Annual report on the mental hospital in the Central Provinces and Berar (Nagpur) - 1927-1951
Year: 1927
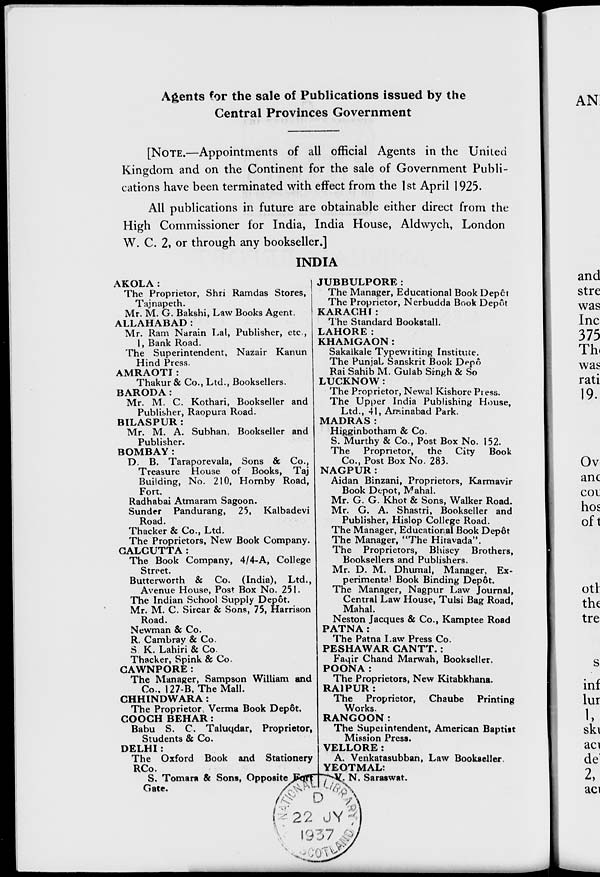
Agents for the sale of Publications issued by the
Central Provinces Government
[NOTE.—Appointments of all official Agents in the United
Kingdom and on the Continent for the sale of Government Publi-
cations have been terminated with effect from the 1st April 1925.
All publications in future are obtainable either direct from the
High Commissioner for India, India House, Aldwych, London
W. C. 2, or through any bookseller.]
INDIA
AKOLA :
The Proprietor, Shri Ramdas Stores,
Tajnapeth.
Mr. M. G. Bakshi, Law Books Agent.
ALLAHABAD:
Mr. Ram Narain Lal, Publisher, etc ,
I, Bank Road.
The Superintendent, Nazair Kanun
Hind Press.
AMRAOTI :
Thakur& Co., Ltd., Booksellers.
BARODA:
Mr. M. C. Kothari, Bookseller and
Publisher, Raopura Road.
BILASPUR :
Mr. M. A. Subhan, Bookseller and
Publisher.
BOMBAY :
D. B. Taraporevala, Sons & Co.,
Treasure House of Books, Taj
Building, No. 210, Hornby Road,
Fort.
Radhabai Atmaram Sagoon.
Sunder Pandurang, 25, Kalbadevi
Road.
Thacker & Co., Ltd.
The Proprietors, New Book Company.
CALCUTTA:
The Book Company, 4/4-A, College
Street.
Butterworth & Co. (India), Ltd.,
Avenue House, Post Box No. 251.
The Indian School Supply Depôt.
Mr. M. C. Sircar & Sons, 75, Harrison
Road.
Newman & Co.
R. Cambray & Co.
S. K. Lahiri & Co.
Thacker, Spink & Co.
CAWNPORE:
The Manager, Sampson William and
Co., 127-B, The Mall.
CHHINDWARA:
The Proprietor, Verma Book Depôt.
COOCH BEHAR:
Babu S. C. Taluqdar, Proprietor,
Students & Co.
DELHI :
The Oxford Book and Stationery
RCo.
S. Tomara & Sons, Opposite Fort
Gate.
JUBBULPORE:
The Manager, Educational Book Depôt
The Proprietor, Nerbudda Book Depôt
KARACHI :
The Standard Bookstall.
LAHORE:
KHAMGAON:
Sakalkale Typewriting Institute.
The Punjab Sanskrit Book Depôt
Rai Sahib M. Gulab Singh & So
LUCKNOW:
The Proprietor, Newal Kishore Press.
The Upper India Publishing House,
Ltd., 41, Aminabad Park.
MADRAS:
Higginbotham & Co.
S. Murthy & Co., Post Box No. 152.
The
Proprietor,
the City
Book
Co., Post Box No. 283.
NAGPUR:
Aidan Binzani, Proprietors, Karmavir
Book Depot, Mahal.
Mr. G. G. Khot & Sons, Walker Road.
Mr. G. A. Shastri, Bookseller and
Publisher, Hislop College Road.
The Manager, Educational Book Depôt
The Manager, "The Hitavada".
The Proprietors, Bhisey Brothers,
Booksellers and Publishers.
Mr. D. M. Dhumal, Manager, Ex-
perimental Book Binding Depôt.
The Manager, Nagpur Law Journal,
Central Law House, Tulsi Bag Road,
Mahal.
Neston Jacques & Co., Kamptee Road
PATNA:
The Patna Law Press Co.
PESHAWAR CANTT. :
Faqir Chand Marwah, Bookseller.
POONA:
The Proprietors, New Kitabkhana.
RAIPUR :
The
Proprietor, Chaube
Printing
Works.
RANGOON:
The Superintendent, American Baptist
Mission Press.
VELLORE:
A. Venkatasubban, Law Bookseller.
YEOTMAL:
V.
N. Saraswat.